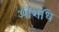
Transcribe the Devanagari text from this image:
औशधि